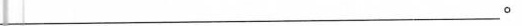
________________________。